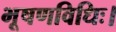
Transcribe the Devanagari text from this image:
भूषणविधिः।